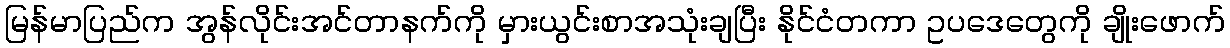
မြန်မာပြည်က အွန်လိုင်းအင်တာနက်ကို မှားယွင်းစာအသုံးချပြီး နိုင်ငံတကာ ဥပဒေတွေကို ချိုးဖောက်